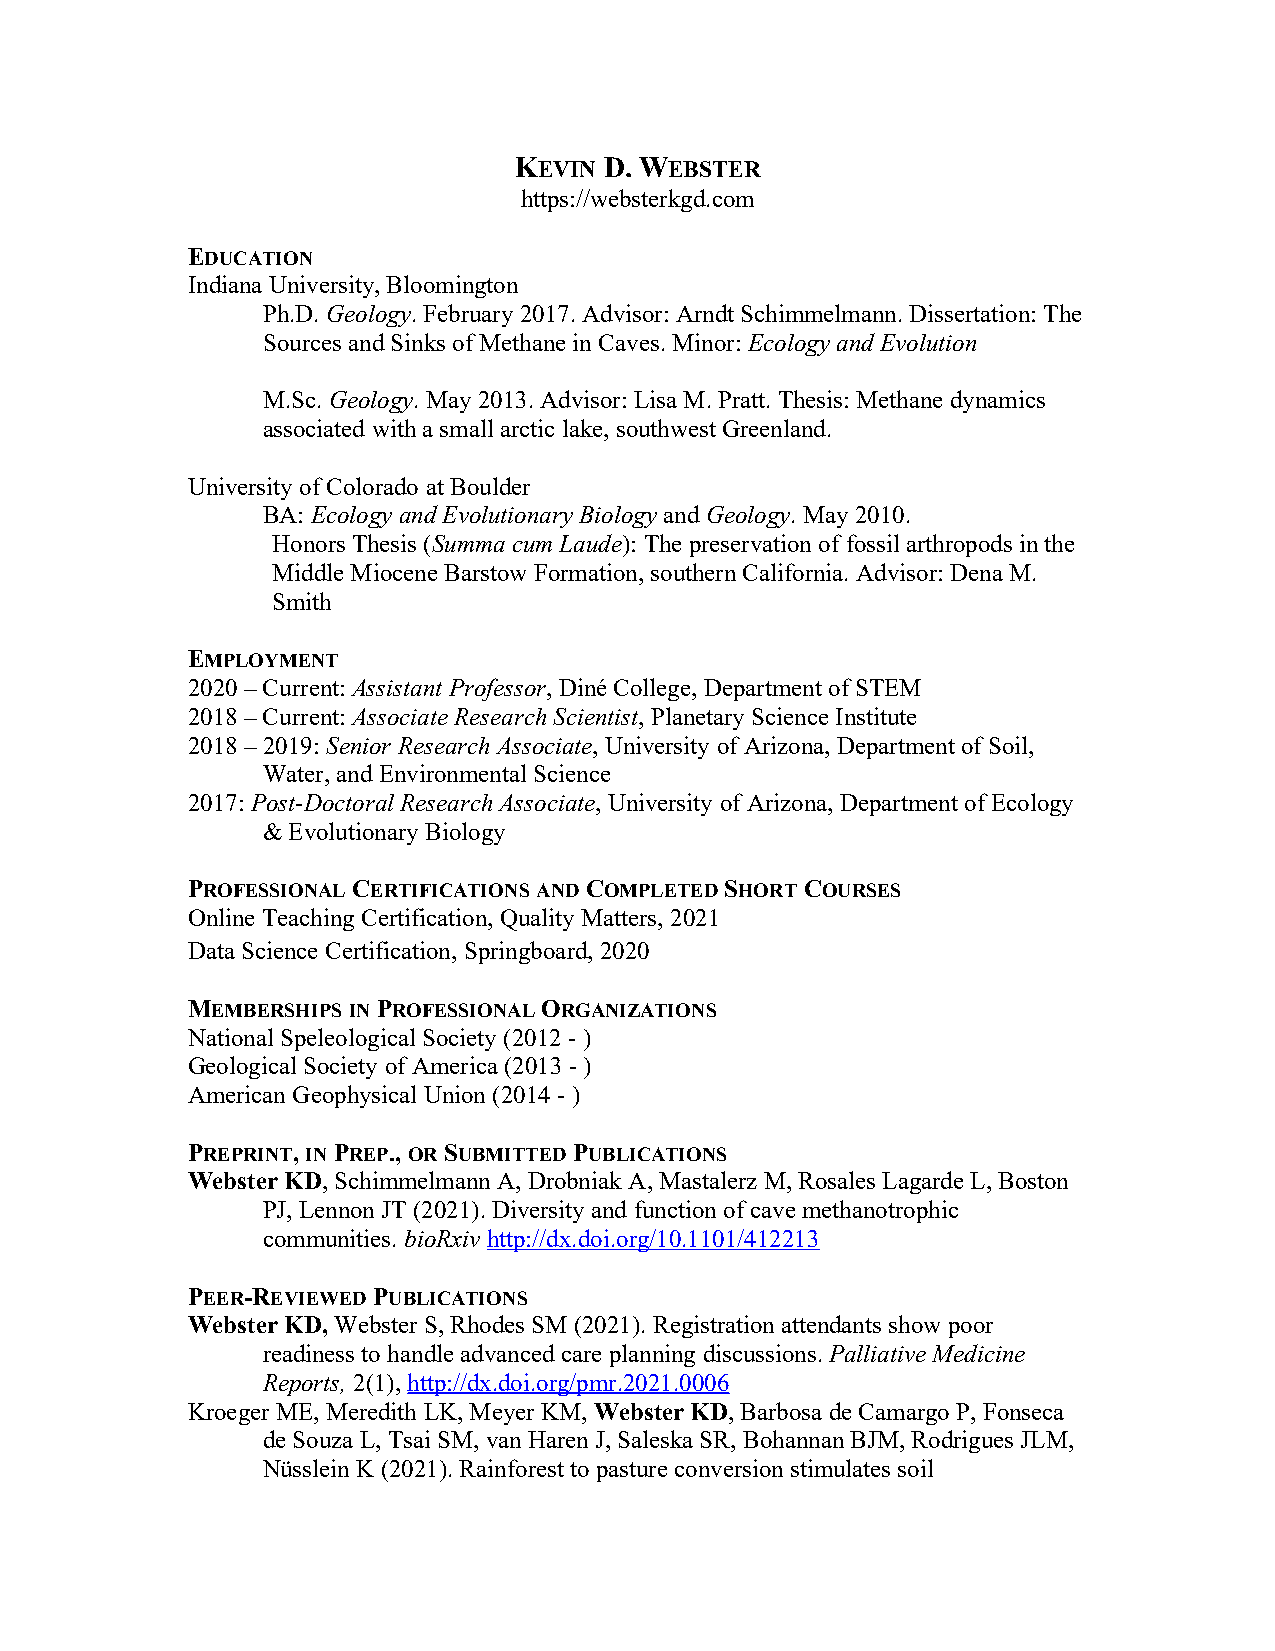
KEVIN D. WEBSTER
 https://websterkgd.com
 EDUCATION
 Indiana University, Bloomington
 Ph.D. Geology. February 2017. Advisor: Arndt Schimmelmann. Dissertation: The
 Sources and Sinks of Methane in Caves. Minor: Ecology and Evolution
 M.Sc. Geology. May 2013. Advisor: Lisa M. Pratt. Thesis: Methane dynamics
 associated with a small arctic lake, southwest Greenland.
 University of Colorado at Boulder
 BA: Ecology and Evolutionary Biology and Geology. May 2010.
 Honors Thesis (Summa cum Laude): The preservation of fossil arthropods in the
 Middle Miocene Barstow Formation, southern California. Advisor: Dena M.
 Smith
 EMPLOYMENT
 2020 – Current: Assistant Professor, Diné College, Department of STEM
 2018 – Current: Associate Research Scientist, Planetary Science Institute
 2018 – 2019: Senior Research Associate, University of Arizona, Department of Soil,
 Water, and Environmental Science
 2017: Post-Doctoral Research Associate, University of Arizona, Department of Ecology
 & Evolutionary Biology
 PROFESSIONAL CERTIFICATIONS AND COMPLETED SHORT COURSES
 Online Teaching Certification, Quality Matters, 2021
 Data Science Certification, Springboard, 2020
 MEMBERSHIPS IN PROFESSIONAL ORGANIZATIONS
 National Speleological Society (2012 - )
 Geological Society of America (2013 - )
 American Geophysical Union (2014 - )
 PREPRINT, IN PREP., OR SUBMITTED PUBLICATIONS
 Webster KD, Schimmelmann A, Drobniak A, Mastalerz M, Rosales Lagarde L, Boston
 PJ, Lennon JT (2021). Diversity and function of cave methanotrophic
 communities. bioRxiv http://dx.doi.org/10.1101/412213
 PEER-REVIEWED PUBLICATIONS
 Webster KD, Webster S, Rhodes SM (2021). Registration attendants show poor
 readiness to handle advanced care planning discussions. Palliative Medicine
 Reports, 2(1), http://dx.doi.org/pmr.2021.0006
 Kroeger ME, Meredith LK, Meyer KM, Webster KD, Barbosa de Camargo P, Fonseca
 de Souza L, Tsai SM, van Haren J, Saleska SR, Bohannan BJM, Rodrigues JLM,
 Nüsslein K (2021). Rainforest to pasture conversion stimulates soil